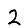
Digit: 2